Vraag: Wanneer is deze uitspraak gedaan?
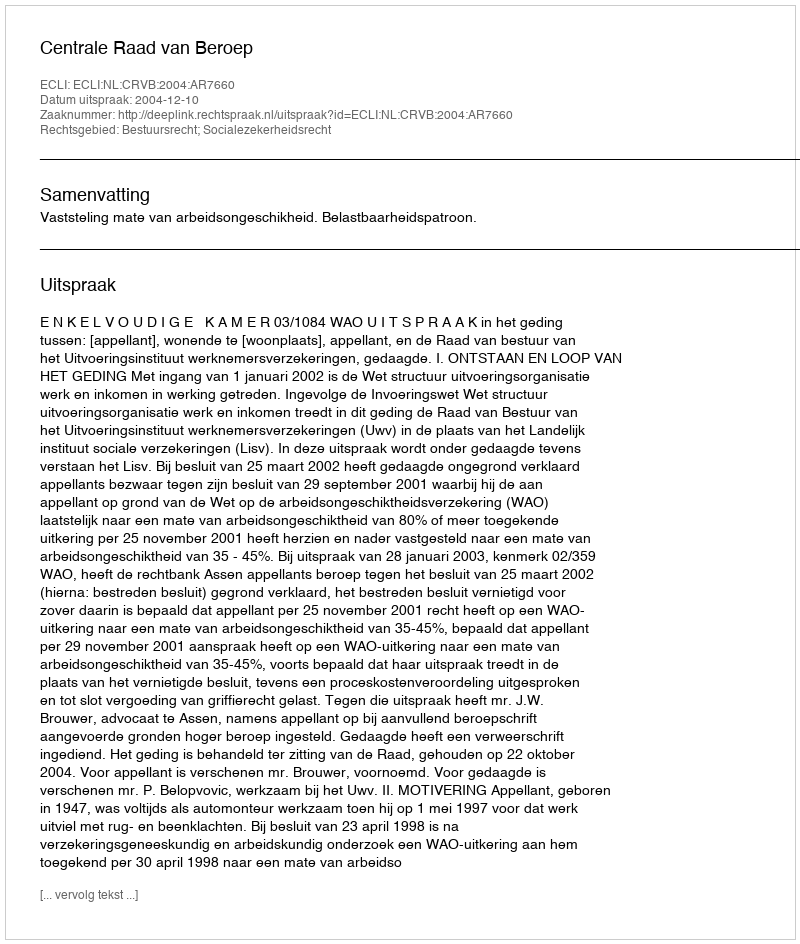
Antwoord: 2004-12-10